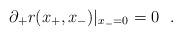
LaTeX: \begin{align*}\partial_+r(x_+,x_-)|_{x_-=0}=0~~.\end{align*}